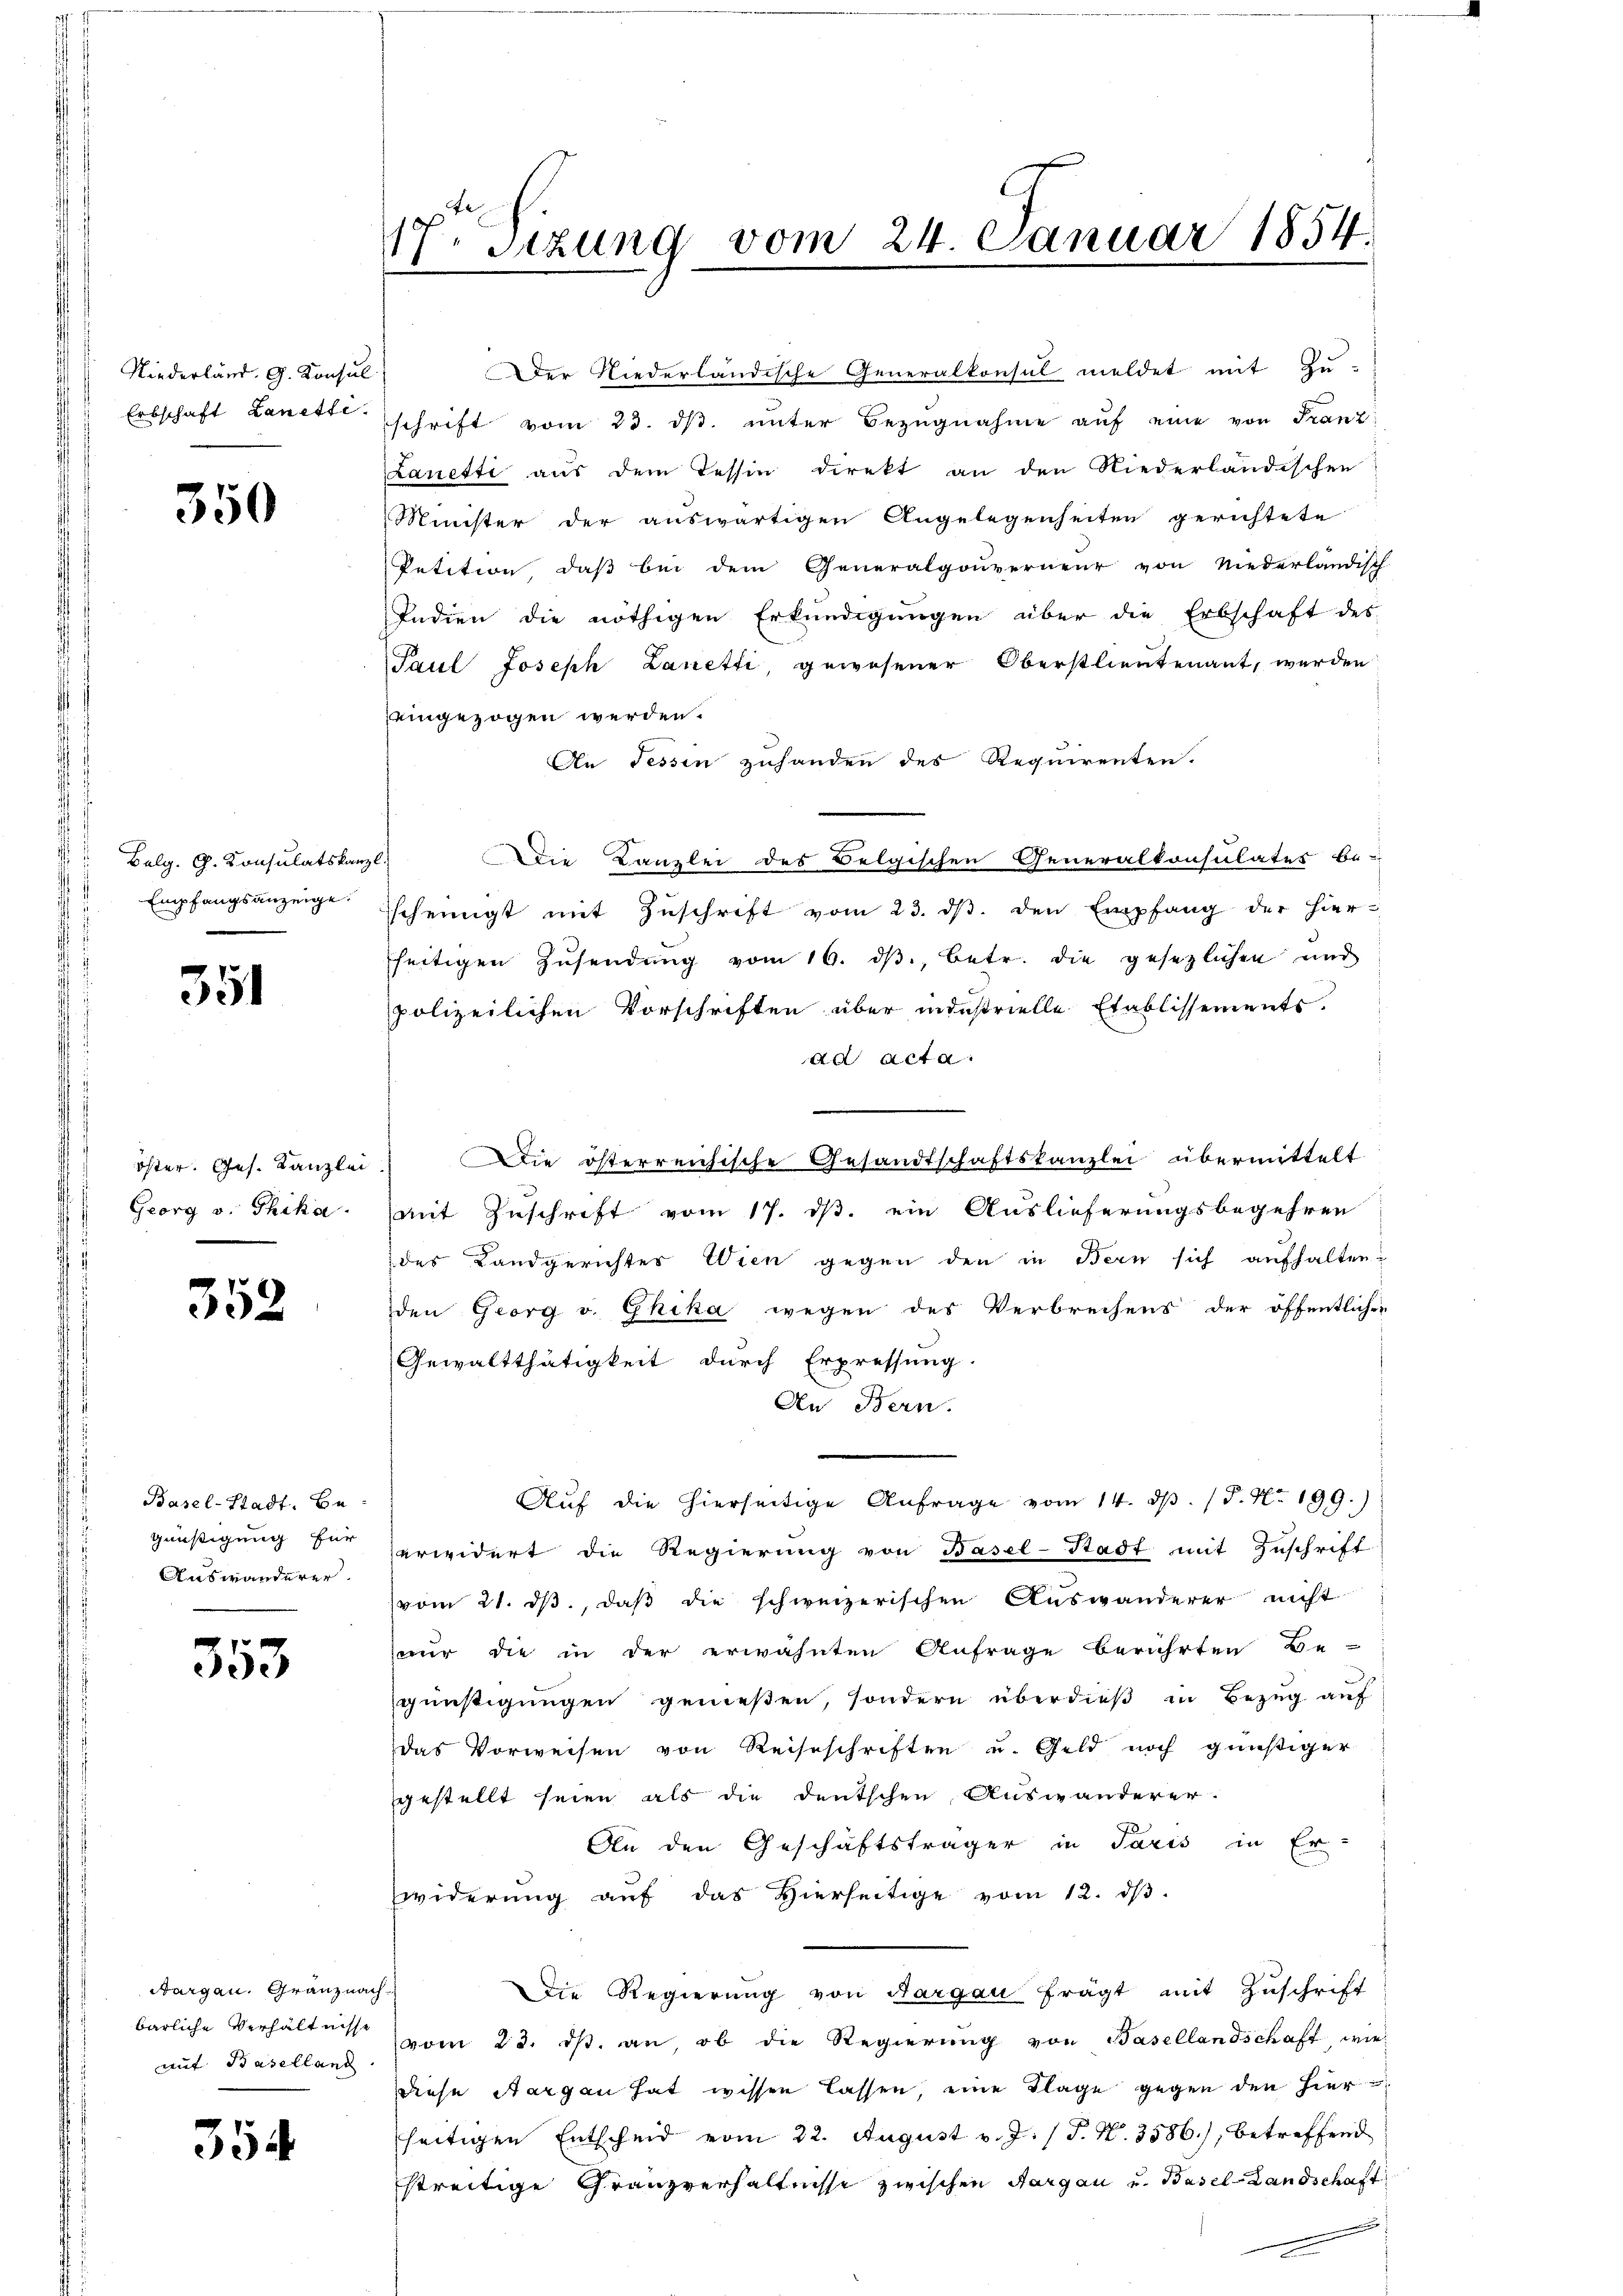
Niederland. G. Konsu
Erbschaft Lanetti.

350

Bulg. G. Konsulatskanzl
Empfangsanzeige.

351

öster. Ges. Kanzlei
Georg v. Thika.

352

Basel-Stadt. Be-
günstigung für
Auswanderer.

353

Nargau. Gränznach-
barliche Verhältnisse
aut Baselland

354

17. Sizung vom 24. Januar 1854

Der Niederländische Generalkonsul meldet mit Zu-
schrift vom 23. dβ. ŭnter Bezŭgnahme aŭf eine von Franz
Lanetti aus dem Tessin direkt an den Niederländischen
Minister der auswärtigen Angelegenheiten gerichtete
Petition, daß bei dem Generalgouverneur von Niederländisch
Indien die nöthigen Erkundigŭngen über die Erbschaft des
Paul Joseph Lanetti gewesener Oberstlieutenant, werden
eingezogen werden.
An Tessin zuhanden des Requirenten.
Die Kanzlei des Belgischen Generalkonsulates be-
sscheinigt mit Zŭschrift vom 23. dβ. den Empfang der hier-
seitigen Zŭsendŭng vom 16. dβ., betr. die gesezlichen und
polizeilichen Vorschriften über industrielle Etablissements.
ad acta.
 Die österreichische Gesandtschaftskanzlei übermittelt
mit Zuschrift vom 17. ds. ein Auslieferungsbegehren
des Landgerichter Wien gegen den in Bern sich aufhalten-
den Georg v. Ghika wegen des Verbrechens der öffentlicher
Gewaltthätigkeit durch Erpressung.
An Bern.
Aŭf die hierseitige Anfrage vom 14. d. P. Nr. 199.)
erwidert die Regierŭng von Basel-Stadt mit Zuschrift
vom 21. ds., daß die schweizerischen Auswanderer nicht
nur die in der erwähnten Anfrage berührten Be-
günstigungen gemeßen, sondern überdieß in Bezug auf
das Vorweisen von Reiseschriften u. Geld noch günstiger
gestellt seien als die deutschen Auswanderer.
An den Geschäftsträger in Paris in Er-
widerung auf das Hierseitige vom 12. ds.
Die Regierŭng von Aargau frägt mit Zŭschrift
vom 23. ds. an ob die Regierung von Basellandschaft wie
diese Sargen hat wissen lassen, eine Klage gegen den hierseitigen Entscheid vom 22. August v. J. J. N. 3586), betreffend
streitige Granzverhältnisse zwischen Aargau und Basel-Landschaft